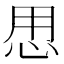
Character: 𱞍